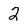
Character: 2